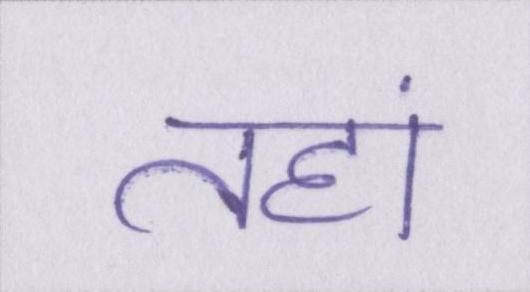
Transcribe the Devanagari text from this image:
तहां